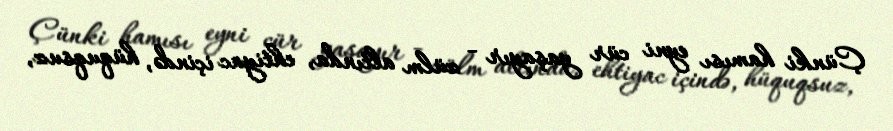
Çünki hamısı eyni cür yaşayır - zülm altında, ehtiyac içində, hüquqsuz,